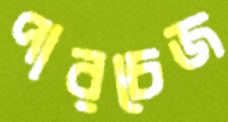
পারচেজ